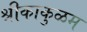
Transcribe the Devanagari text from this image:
श्रीकाकुळम